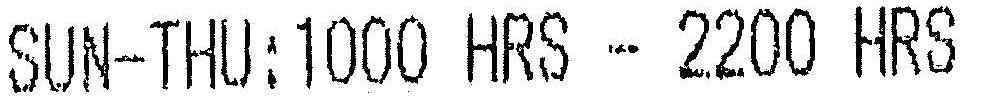
SUN-THU:1000 HRS - 2200 HRS